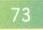
\(73\)